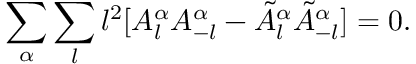
\sum _ { \alpha } \sum _ { l } l ^ { 2 } [ A _ { l } ^ { \alpha } A _ { - l } ^ { \alpha } - \tilde { A } _ { l } ^ { \alpha } \tilde { A } _ { - l } ^ { \alpha } ] = 0 .